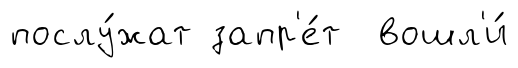
послу́жат запр'е́т вошл'и́